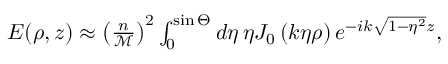
\begin{array} { r } { E ( \rho , z ) \approx \left( \frac { n } { \mathcal { M } } \right) ^ { 2 } \int _ { 0 } ^ { \sin \Theta } d \eta \, \eta J _ { 0 } \left( k \eta \rho \right) e ^ { - i k \sqrt { 1 - \eta ^ { 2 } } z } , } \end{array}